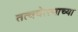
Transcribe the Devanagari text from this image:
तत्ववेत्त्याच्या